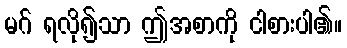
မဂ် ရလို၍သာ ဤအစာကို ငါစားပါ၏။